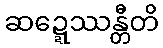
ဆဍ္ဍေဿန္တီတိ